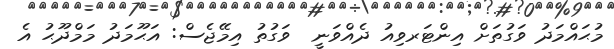
މުޙައްމަދު ވަގުތަށް އިންޓަރވިއު ދެއްވަނީ  ވަގުތު އިމޭޖެސް: އަޙޫމަދު މަމްދޫޙު އެ